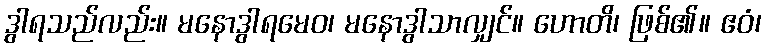
ဒွါရသည်လည်း။ မနောဒွါရမေဝ၊ မနောဒွါသာလျှင်။ ဟောတိ၊ ဖြစ်၏။ ဧဝံ၊